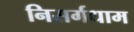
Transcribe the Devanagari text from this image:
निसर्गधाम